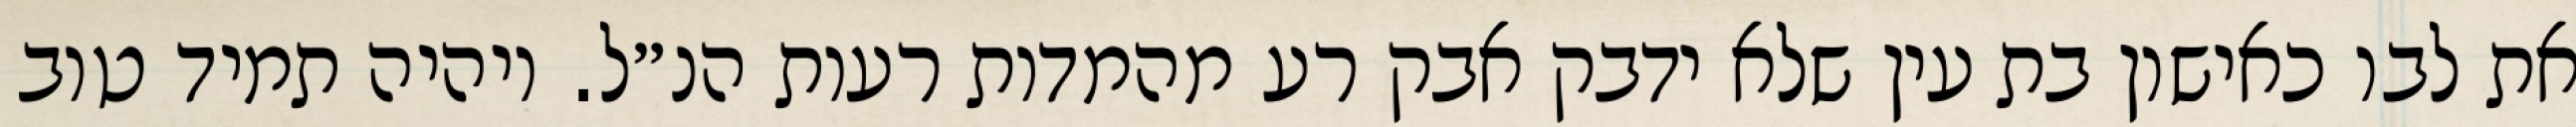
את לבו כאישון בת עין שלא ידבק אבק רע מהמדות רעות הנ״ל. ויהיה תמיד טוב